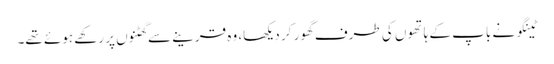
ٹینگو نے باپ کے ہاتھوں کی طرف گھور کر دیکھا، وہ قرینے سے گھٹنوں پر رکھے ہوئے تھے۔